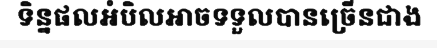
ទិន្នផលអំបិលអាចទទួលបានច្រើនជាង